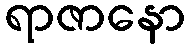
ရာဇာနော